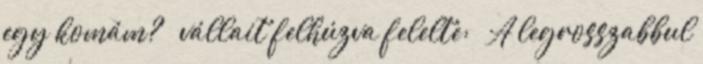
egy komám? – vállait felhúzva felelte: – A legrosszabbul